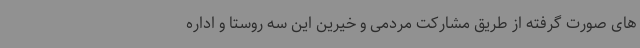
های صورت گرفته از طریق مشارکت مردمی و خیرین این سه روستا و اداره